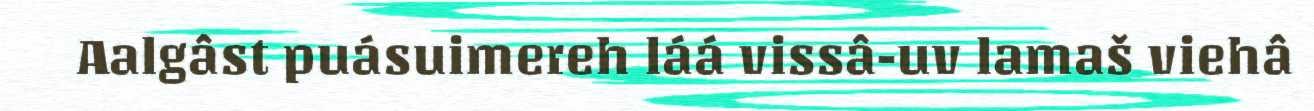
Aalgâst puásuimereh láá vissâ-uv lamaš viehâ